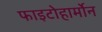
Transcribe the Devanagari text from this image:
फाइटोहार्मोन